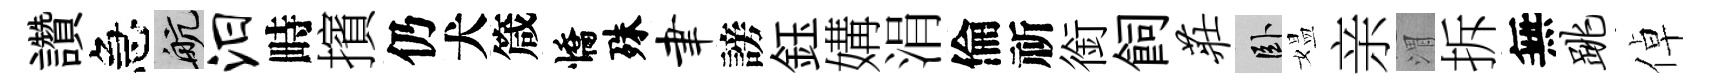
讚急航汨畤擯仍犬箴憍殊聿謗鈺媾涓倫祈銜飼庄卧媪亲渭拆無跳倬